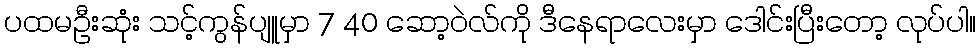
ပထမဦးဆုံး သင့်ကွန်ပျူမှာ 7 40 ဆော့ဝဲလ်ကို ဒီနေရာလေးမှာ ဒေါင်းပြီးတော့ လုပ်ပါ။